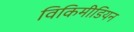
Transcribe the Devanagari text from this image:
विकिमीडियन